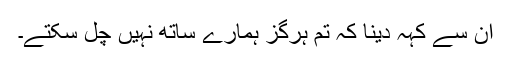
ان سے کہہ دینا کہ تم ہرگز ہمارے ساتھ نہیں چل سکتے۔